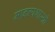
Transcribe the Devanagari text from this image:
मानव्यशास्त्री